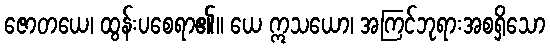
ဇောတယေ၊ ထွန်းပစေရာ၏။ ယေ ဣသယော၊ အကြင်ဘုရားအစရှိသော